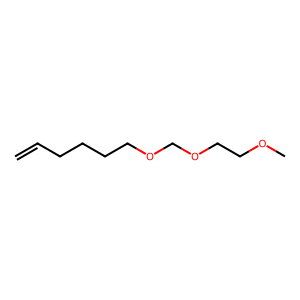
SMILES: C=CCCCCOCOCCOC
Inhibits HIV replication: No